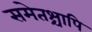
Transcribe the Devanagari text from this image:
समेतश्चापि